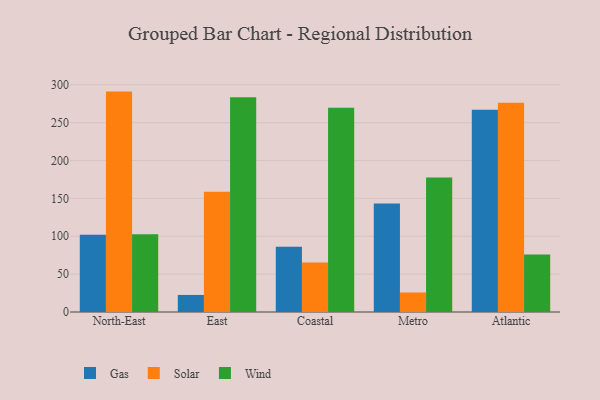
{"axis": {"x": "Region", "y": "Customer Acquisition Cost (USD)"}, "legend": ["Gas", "Solar", "Wind"], "data": [{"x": "North-East", "y": 102.1, "type": "Gas"}, {"x": "North-East", "y": 291.0, "type": "Solar"}, {"x": "North-East", "y": 102.8, "type": "Wind"}, {"x": "East", "y": 22.5, "type": "Gas"}, {"x": "East", "y": 158.7, "type": "Solar"}, {"x": "East", "y": 283.5, "type": "Wind"}, {"x": "Coastal", "y": 86.3, "type": "Gas"}, {"x": "Coastal", "y": 65.5, "type": "Solar"}, {"x": "Coastal", "y": 269.8, "type": "Wind"}, {"x": "Metro", "y": 143.1, "type": "Gas"}, {"x": "Metro", "y": 25.8, "type": "Solar"}, {"x": "Metro", "y": 177.6, "type": "Wind"}, {"x": "Atlantic", "y": 267.1, "type": "Gas"}, {"x": "Atlantic", "y": 276.2, "type": "Solar"}, {"x": "Atlantic", "y": 75.9, "type": "Wind"}]}